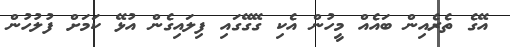
އޭގެ ތެރެއިން ބައެއް މީހުން އެކި ގޭގޭގައި ފިލައިގެން އުޅޭ ކަމަށް ފުލުހުން